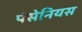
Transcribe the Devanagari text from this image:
पेसेनियस